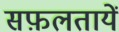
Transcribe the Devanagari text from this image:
सफ़लतायें